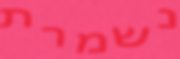
נשמרת